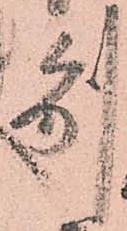
別